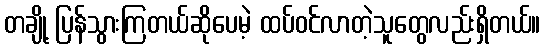
တချို့ ပြန်သွားကြတယ်ဆိုပေမဲ့ ထပ်ဝင်လာတဲ့သူတွေလည်းရှိတယ်။